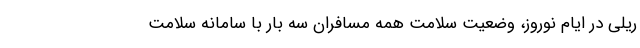
ریلی در ایام نوروز، وضعیت سلامت همه مسافران سه بار با سامانه سلامت